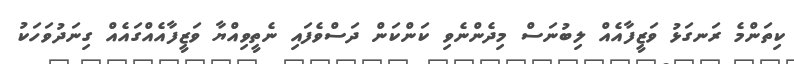
ކިތަންމެ ރަނގަޅު ވަޒީފާއެއް ލިބުނަސް މިދެންނެވި ކަންކަން ދަސްވެފައި ނެތީވިއްޔާ ވަޒީފާއެއްގައެއް ގިނަދުވަހަކު